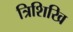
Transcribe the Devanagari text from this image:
त्रिशिखि